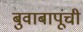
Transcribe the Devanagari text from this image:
बुवाबापूंची